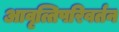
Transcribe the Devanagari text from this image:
आवृत्तिपरिवर्तन